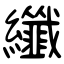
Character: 纖